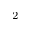
^ { 2 }